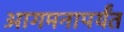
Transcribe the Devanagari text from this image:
आगमनापर्यंत